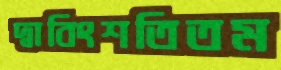
দ্বাবিংশতিতম